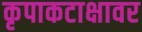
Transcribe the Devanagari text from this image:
कृपाकटाक्षावर